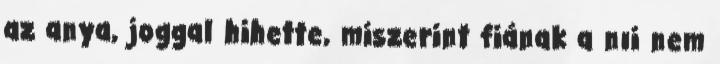
az anya, joggal hihette, miszerint fiának a nıi nem